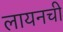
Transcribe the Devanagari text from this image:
लायनची